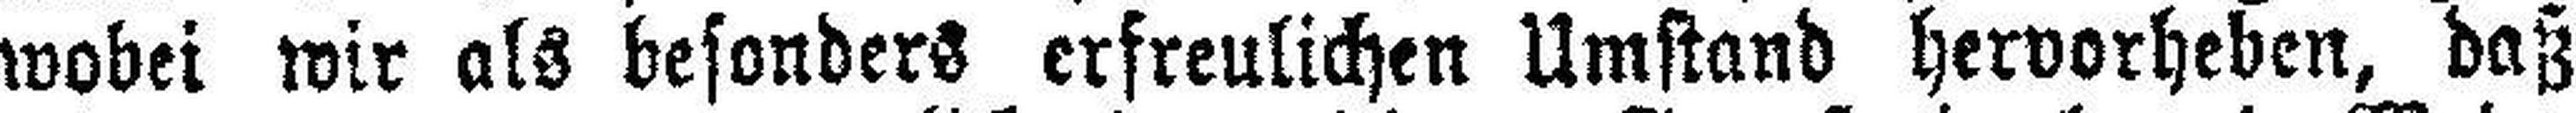
wobei wir als besonders erfreulichen Umstand hervorheben, daß